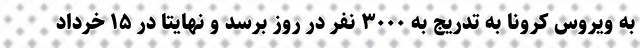
به ویروس کرونا به تدریج به ۳۰۰۰ نفر در روز برسد و نهایتا در ۱۵ خرداد